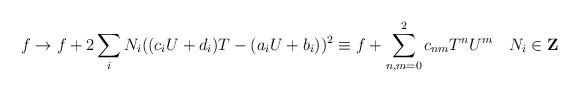
\begin{align*}f\rightarrow f +2\sum_i N_i ((c_iU+d_i)T-(a_iU+b_i))^2\equiv f +\sum_{n,m =0}^2 c_{nm} T^n U^m ~~~ N_i \in {\bf Z}\end{align*}